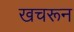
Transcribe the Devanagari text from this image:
खचरून